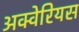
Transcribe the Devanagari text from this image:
अक्वेरियस